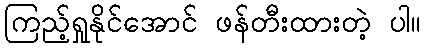
ကြည့်ရှုနိုင်အောင် ဖန်တီးထားတဲ့ ပါ။